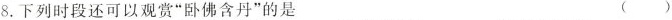
8.下列时段还可以观赏“卧佛含丹”的是（）